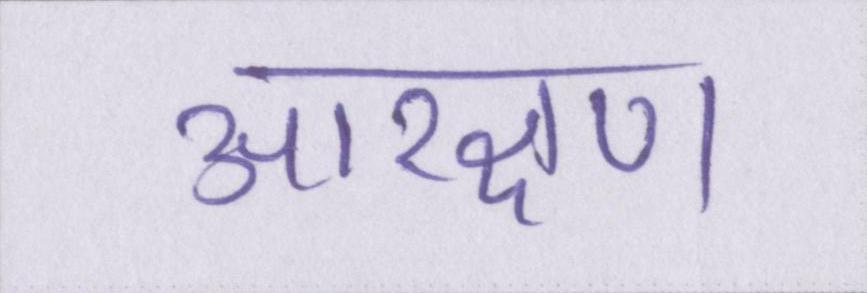
आरक्षण